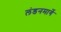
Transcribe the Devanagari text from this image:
लंडनमार्गे